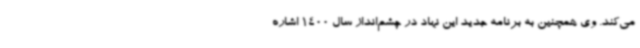
می‌کند. وی همچنین به برنامه جدید این نهاد در چشم‌انداز سال 1400 اشاره